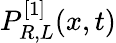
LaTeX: P_{R,L}^{[1]}(x,t)